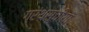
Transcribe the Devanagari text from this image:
ग्रंथसूचीयाँ